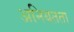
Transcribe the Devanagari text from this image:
अनियतता